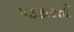
પડકારતી